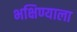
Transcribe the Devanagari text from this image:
भक्षिण्याला